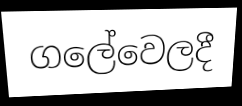
ගලේවෙලදී